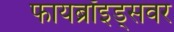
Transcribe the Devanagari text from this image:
फायब्रॉइड्‌सवर